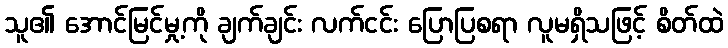
သူ၏ အောင်မြင်မှု့ကို ချက်ချင်း လက်ငင်း ပြောပြစရာ လူမရှိသဖြင့် စိတ်ထဲ